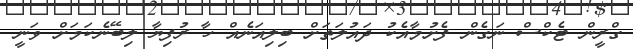
ގްރީން ޓެކްސް ނަގެން ފެށުމާއެކު ދައުލަތަށް ބިލިއަނެއް ހާ ރުފިޔާ ލިބޭނެކަމަށް ވަނީ